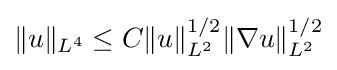
\|u\|_{L^{4}}\leq C\|u\|_{L^{2}}^{1/2}\|\nabla u\|_{L^{2}}^{1/2}